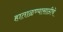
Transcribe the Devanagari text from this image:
हाताळण्यासाठीचे